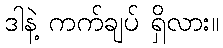
ဒါနဲ့ ကက်ချပ် ရှိလား။